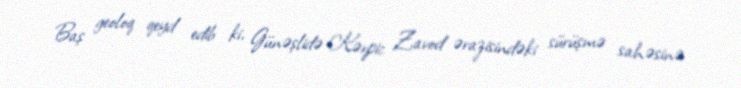
Baş geoloq qeyd edib ki, Günəşlidə Kərpic Zavod ərazisindəki sürüşmə sahəsinə